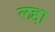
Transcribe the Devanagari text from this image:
लद्दा